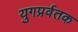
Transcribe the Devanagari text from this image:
युगप्रर्वतक